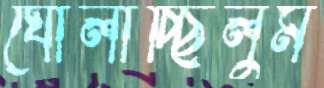
ঘোলাচ্ছিলুম